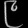
Digit: ၉